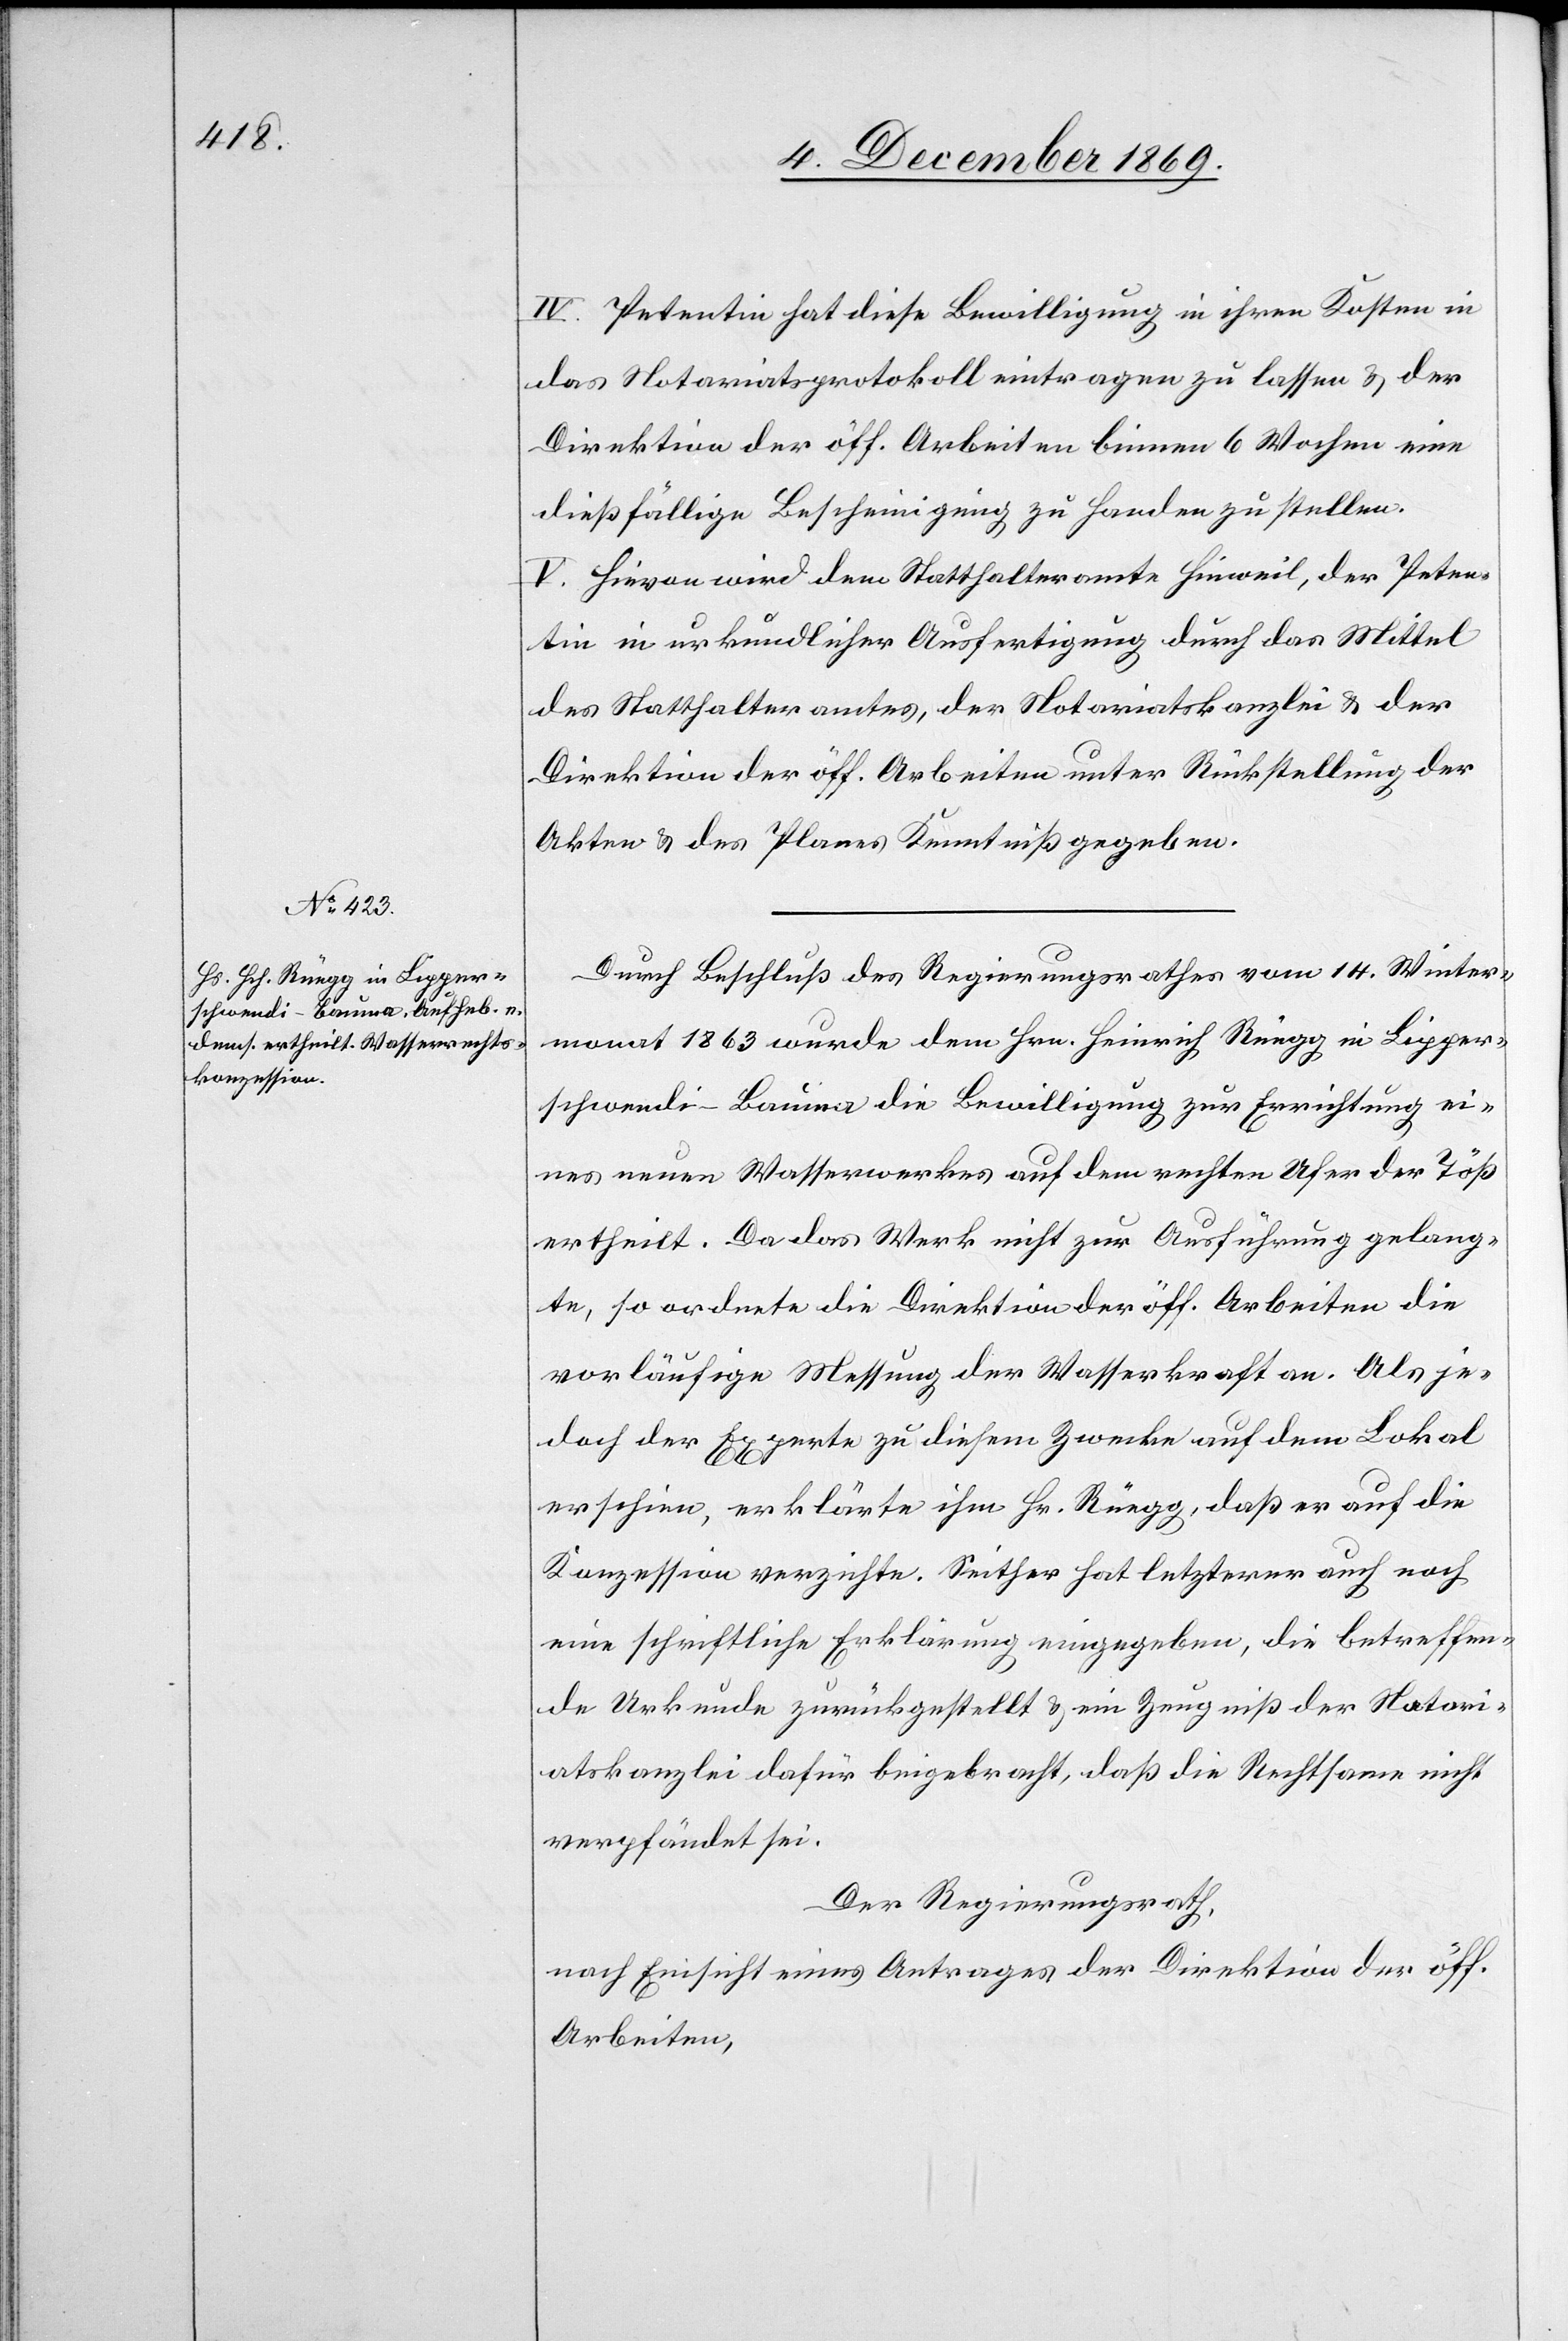
IV. Petentin hat diese Bewilligung in ihren Kosten in
das Notariatsprotokoll eintragen zu lassen & der
Direktion der öff. Arbeiten binnen 6 Wochen eine
dießfällige Bescheinigung zu Handen zu stellen.
V. Hievon wird dem Statthalteramte Hinweil, der Peten¬
tin in urkundlicher Ausfertigung durch das Mittel
des Statthalteramtes, der Notariatskanzlei & der
Direktion der öff. Arbeiten unter Rückstellung der
Akten & des Planes Kenntniß gegeben.
Durch Beschluß des Regierungsrathes vom 14. Winter¬
monat 1863 wurde dem Hrn. Heinrich Rüegg in Lipper¬
schwendi - Bauma die Bewilligung zur Errichtung ei¬
nes neuen Wasserwerkes auf dem rechten Ufer der Töß
ertheilt. Da das Werk nicht zur Ausführung gelang¬
te, so ordnete die Direktion der öff. Arbeiten die
vorläufige Messung der Wasserkraft an. Als je¬
doch der Experte zu diesem Zwecke auf dem Lokal
erschien, erklärte ihm Hr. Rüegg, daß er auf die
Konzession verzichte. Seither hat letzterer auch noch
eine schriftliche Erklärung eingegeben, die betreffen¬
de Urkunde zurückgestellt & ein Zeugniß der Notari¬
atskanzlei dafür beigebracht, daß die Rechtsame nicht
verpfändet sei.
Der Regierungsrath,
nach Einsicht eines Antrages der Direktion der öff.
Arbeiten,